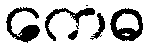
ကေဓ